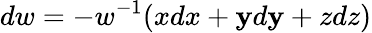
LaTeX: dw=-w^{-1}(xdx+\mathbf{y}d\mathbf{y}+zdz)